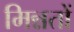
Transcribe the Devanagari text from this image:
मिन्नतों